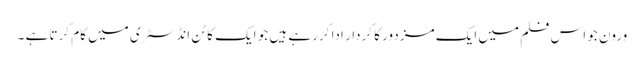
ورون جو اس فلم میں ایک مزدور کا کردار ادا کررہے ہیں جو ایک کاٹن انڈسٹری میں کام کرتا ہے ۔